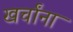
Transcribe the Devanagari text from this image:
खर्चांना